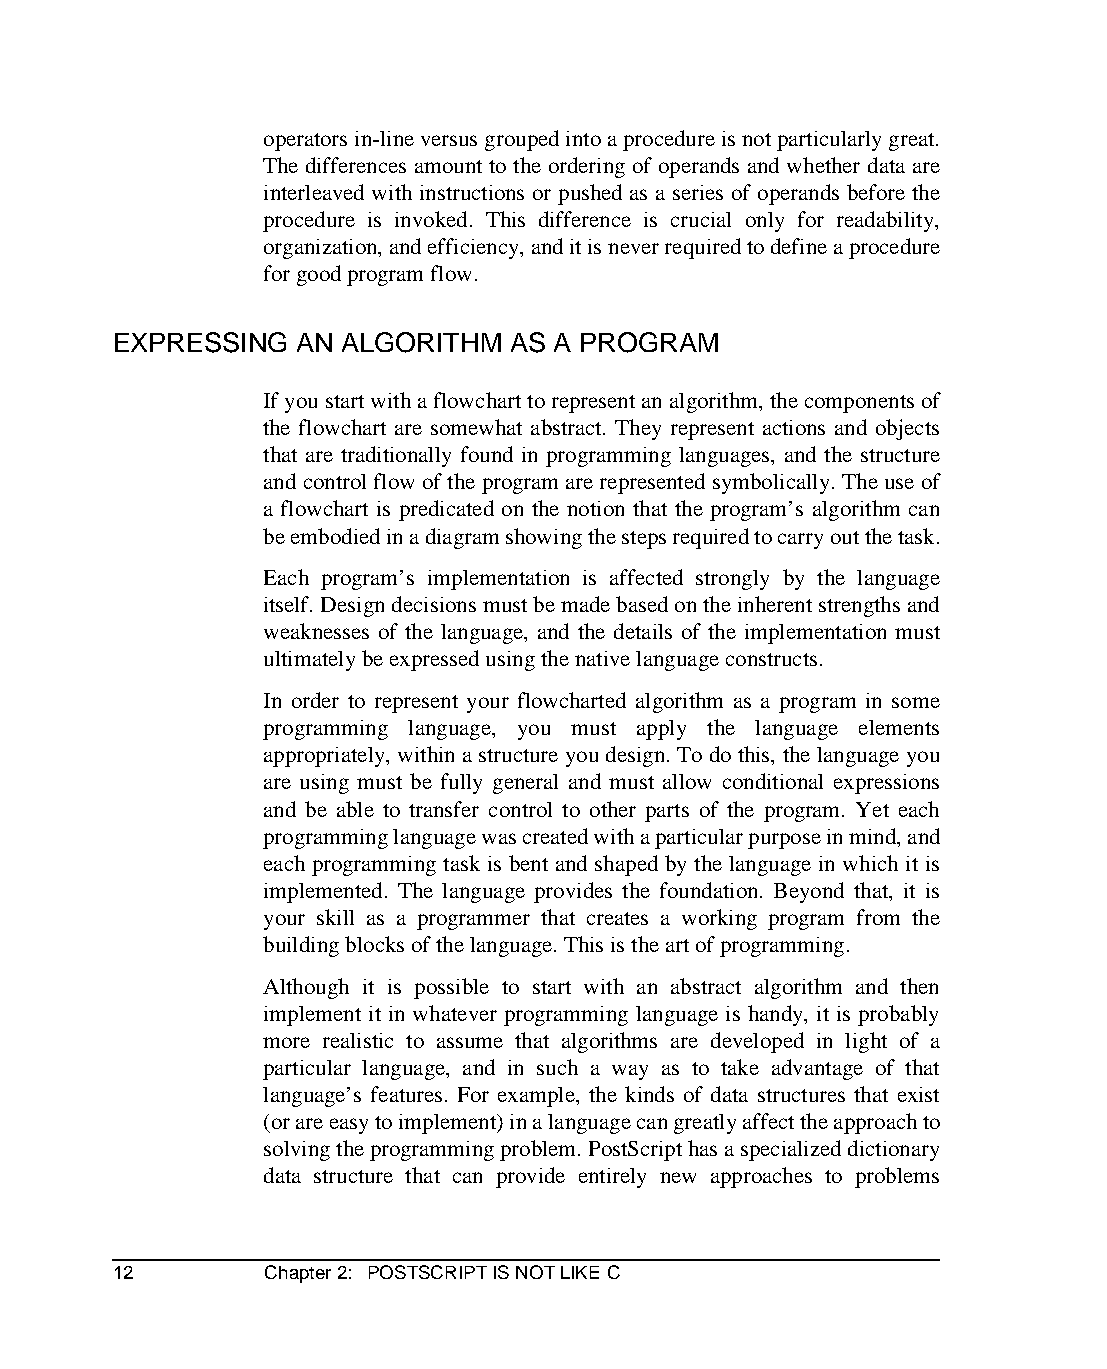
operators in-line versus grouped into a procedure is not particularly great.
 The differences amount to the ordering of operands and whether data are
 interleaved with instructions or pushed as a series of operands before the
 procedure is invoked. This difference is crucial only for readability,
 organization, and efficiency, and it is never required to define a procedure
 for good program flow.
 EXPRESSING  AN ALGORITHM  AS A PROGRAM
 If you start with a flowchart to represent an algorithm, the components of
 the flowchart are somewhat abstract. They represent actions and objects
 that are traditionally found in programming languages, and the structure
 and control flow of the program are represented symbolically. The use of
 a flowchart is predicated on the notion that the program’s algorithm can
 be embodied in a diagram showing the steps required to carry out the task.
 Each program’s implementation is affected strongly by the language
 itself. Design decisions must be made based on the inherent strengths and
 weaknesses of the language, and the details of the implementation must
 ultimately be expressed using the native language constructs.
 In order to represent your flowcharted algorithm as a program in some
 programming language, you must apply the language elements
 appropriately, within a structure you design. To do this, the language you
 are using must be fully general and must allow conditional expressions
 and be able to transfer control to other parts of the program. Yet each
 programming language was created with a particular purpose in mind, and
 each programming task is bent and shaped by the language in which it is
 implemented. The language provides the foundation. Beyond that, it is
 your skill as a programmer that creates a working program from the
 building blocks of the language. This is the art of programming.
 Although it is possible to start with an abstract algorithm and then
 implement it in whatever programming language is handy, it is probably
 more realistic to assume that algorithms are developed in light of a
 particular language, and in such a way as to take advantage of that
 language’s features. For example, the kinds of data structures that exist
 (or are easy to implement) in a language can greatly affect the approach to
 solving the programming problem. PostScript has a specialized dictionary
 data structure that can provide entirely new approaches to problems
 12        Chapter 2: POSTSCRIPT IS NOT LIKE C